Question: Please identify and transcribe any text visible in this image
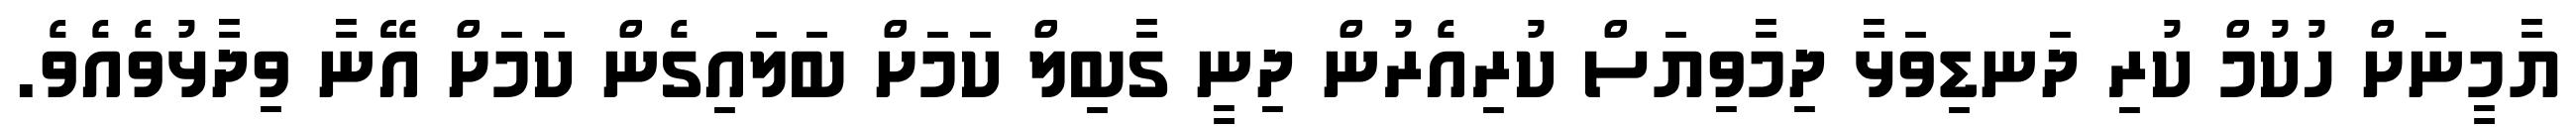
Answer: ޔާމީނަށް ހުކުމް ކުރި ދަނޑިވަޅާ ދިމާވިޔަސް ކުރިއެރުން ދިނީ ގާބިލް ކަމަށް ބަލައިގެން ކަމަށް އޭނާ ވިދާޅުވެއެވެ.